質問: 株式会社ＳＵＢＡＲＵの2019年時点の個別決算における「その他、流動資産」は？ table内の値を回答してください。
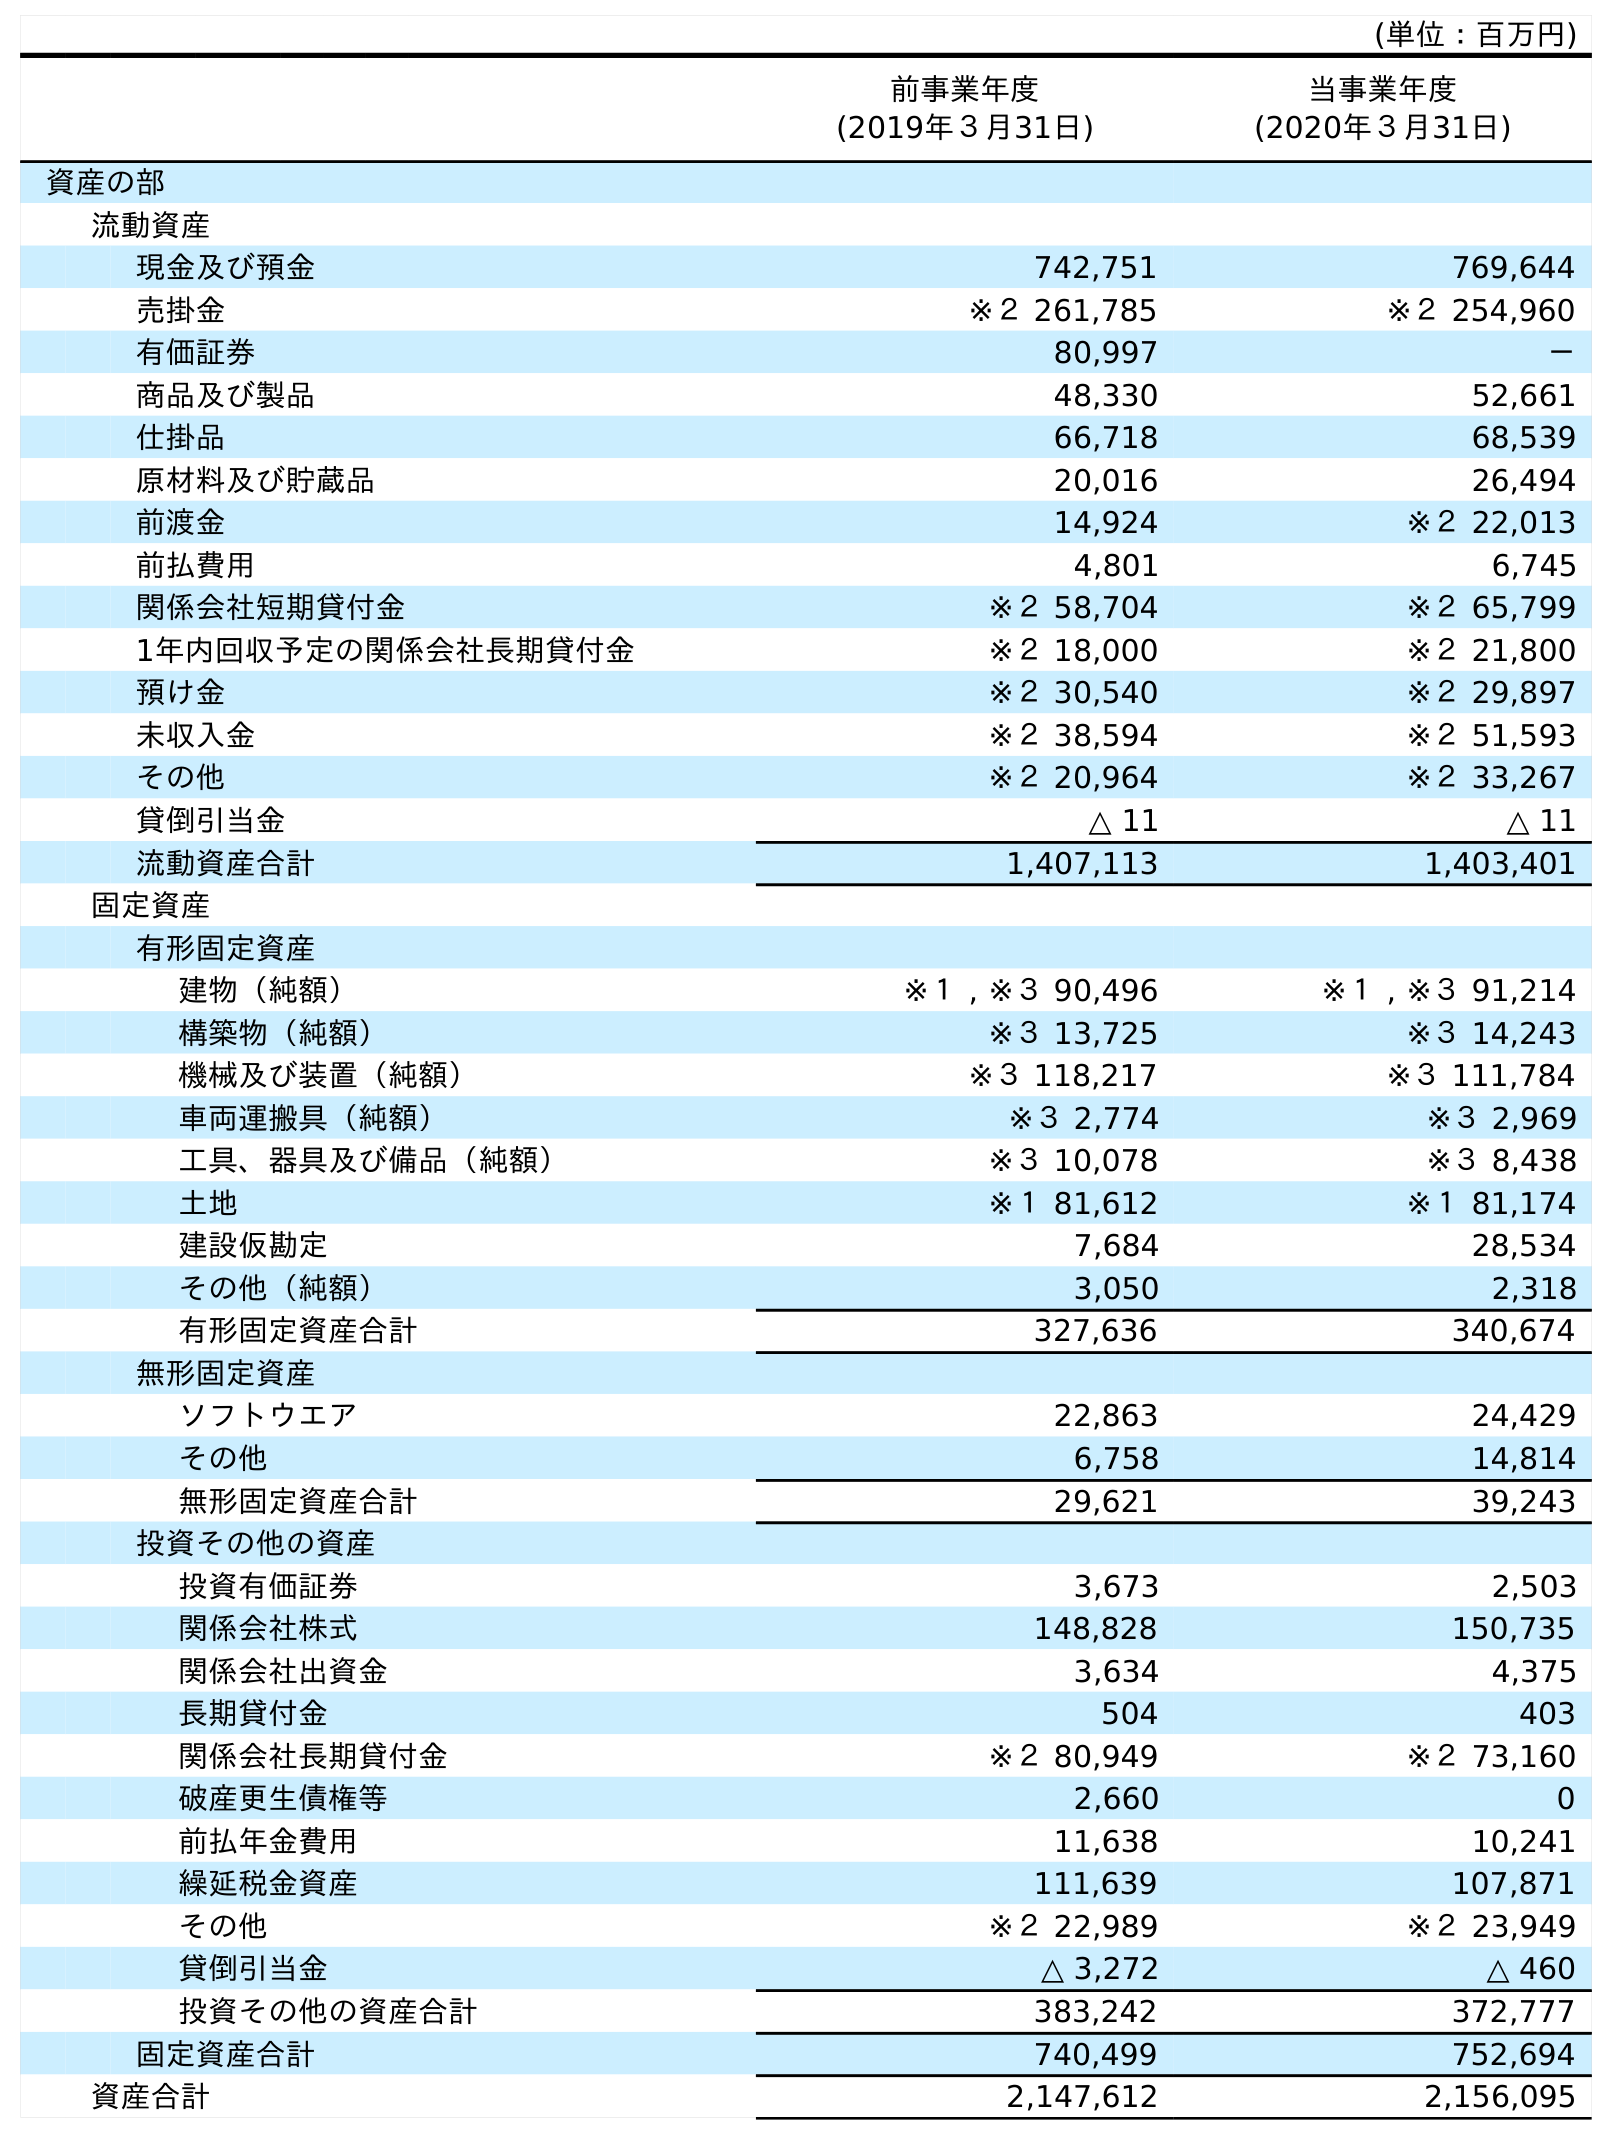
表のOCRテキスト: (単位：百万円) 前事業年度 (2019年３月31日) 当事業年度 (2020年３月31日) 資産の部 流動資産 現金及び預金 742,751 769,644 売掛金 ※２ 261,785 ※２ 254,960 有価証券 80,997 － 商品及び製品 48,330 52,661 仕掛品 66,718 68,539 原材料及び貯蔵品 20,016 26,494 前渡金 14,924 ※２ 22,013 前払費用 4,801 6,745 関係会社短期貸付金 ※２ 58,704 ※２ 65,799 1年内回収予定の関係会社長期貸付金 ※２ 18,000 ※２ 21,800 預け金 ※２ 30,540 ※２ 29,897 未収入金 ※２ 38,594 ※２ 51,593 その他 ※２ 20,964 ※２ 33,267 貸倒引当金 △ 11 △ 11 流動資産合計 1,407,113 1,403,401 固定資産 有形固定資産 建物（純額） ※１ , ※３ 90,496 ※１ , ※３ 91,214 構築物（純額） ※３ 13,725 ※３ 14,243 機械及び装置（純額） ※３ 118,217 ※３ 111,784 車両運搬具（純額） ※３ 2,774 ※３ 2,969 工具、器具及び備品（純額） ※３ 10,078 ※３ 8,438 土地 ※１ 81,612 ※１ 81,174 建設仮勘定 7,684 28,534 その他（純額） 3,050 2,318 有形固定資産合計 327,636 340,674 無形固定資産 ソフトウエア 22,863 24,429 その他 6,758 14,814 無形固定資産合計 29,621 39,243 投資その他の資産 投資有価証券 3,673 2,503 関係会社株式 148,828 150,735 関係会社出資金 3,634 4,375 長期貸付金 504 403 関係会社長期貸付金 ※２ 80,949 ※２ 73,160 破産更生債権等 2,660 0 前払年金費用 11,638 10,241 繰延税金資産 111,639 107,871 その他 ※２ 22,989 ※２ 23,949 貸倒引当金 △ 3,272 △ 460 投資その他の資産合計 383,242 372,777 固定資産合計 740,499 752,694 資産合計 2,147,612 2,156,095
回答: ※２20,964